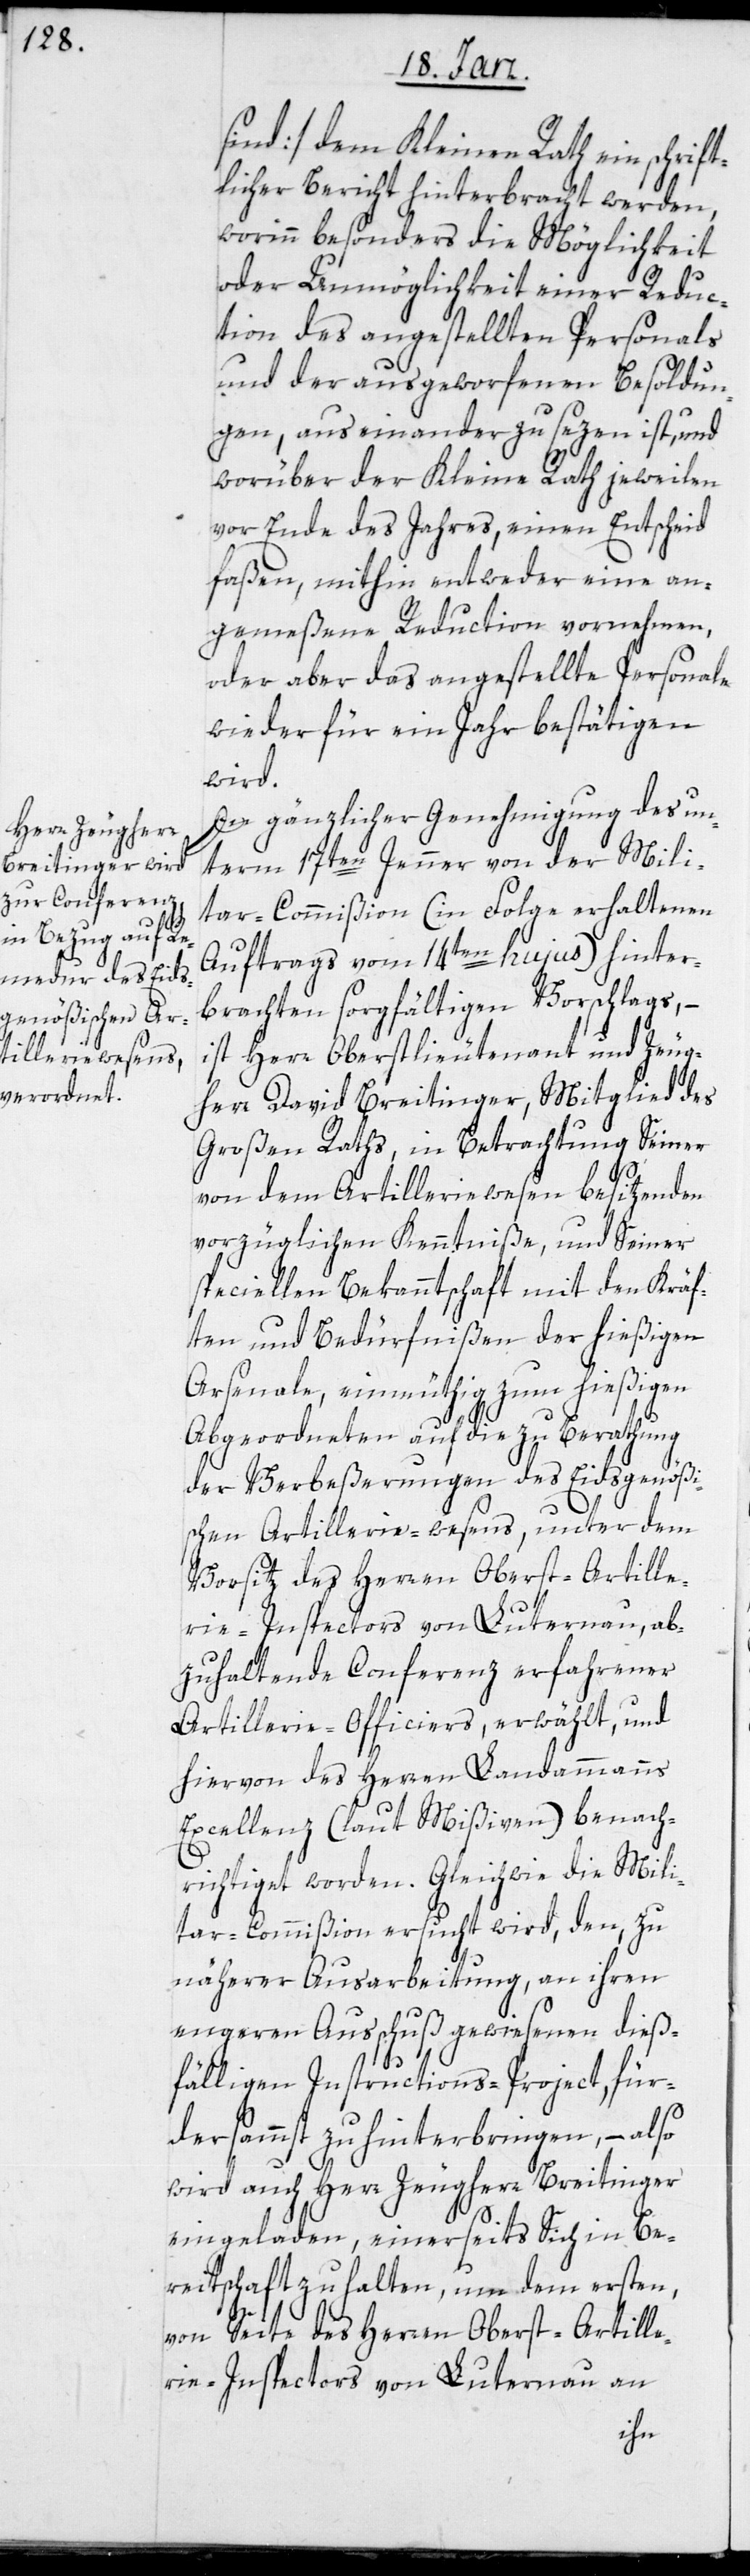
sind], dem Kleinen Rath ein schrift¬
licher Bericht hinterbracht werden,
worinn besonders die Möglichkeit
oder Unmöglichkeit einer Reduc¬
tion des angestellten Personals
und der ausgeworfnen Besoldun¬
gen, auseinander zu sezen ist, und
worüber der Kleine Rath jeweilen
vor Ende des Jahres, einen Entscheid
faßen, mithin entweder eine an¬
gemeßene Reduction vornehmen,
oder aber das angestellte Personale
wieder für ein Jahr bestätigen
wird.
In gänzlicher Genehmigung des un¬
term 17ten Jenner von der Mili¬
tar-Commißion (in Folge erhaltenen
Auftrags vom 14ten hujus) hinter¬
brachten sorgfältigen Vorschlags, –
ist Herr Oberstlieutenant und Zeug¬
herr David Breitinger, Mitglied das
Großen Raths, in Betrachtung Seiner
von dem Artilleriewesen besitzenden
vorzüglichen Kenntniße, und Seiner
speciellen Bekanntschaft mit den Kräf¬
ten und Bedürfnißen der hießigen
Arsenale, einmüthig zum hießigen
Abgeordneten auf die zu Berathung
der Verbeßerungen des Eidsgenößi¬
schen Artillerie-wesens, unter dem
Vorsitz des Herren Oberst-Artille¬
rie-Inspectors von Luternau, ab¬
zuhaltende Conferenz erfahrener
Artillerie-Officiers, erwählt, und
hiervon des Herren Landammanns
Excellenz (laut Mißiven) benach¬
richtiget worden. Gleichwie die Mili¬
tar-Commißion ersucht wird, den zu
näherer Ausarbeitung, an ihren
engeren Ausschuß gewiesenen dieß¬
fälligen Instructions-Project, für¬
dersammst zu hinterbingen, – also
wird auch Herr Zeugherr Breitinger
eingeladen, einerseits Sich in Be¬
reitschaft zu halten, um dem ersten,
von Seite des Herren Oberst-Artille¬
rie-Inspectors von Luternau an